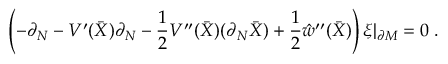
\left( - \partial _ { N } - V ^ { \prime } ( \bar { X } ) \partial _ { N } - \frac 1 2 V ^ { \prime \prime } ( \bar { X } ) ( \partial _ { N } \bar { X } ) + \frac 1 2 \hat { w } ^ { \prime \prime } ( \bar { X } ) \right) \xi | _ { \partial { \cal M } } = 0 \; .